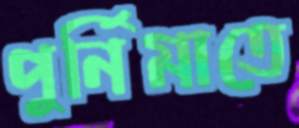
পুর্নিমাতে